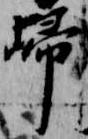
帰